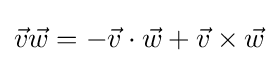
{\vec {v}}{\vec {w}}=-{\vec {v}}\cdot {\vec {w}}+{\vec {v}}\times {\vec {w}}